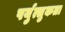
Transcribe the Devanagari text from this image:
पर्युत्सुकता